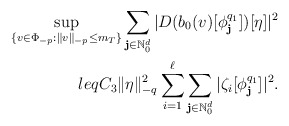
\begin{align*}\sup_{\{v\in \Phi _{-p}:\Vert v\Vert _{-p}\leq m_{T}\}}\sum_{\mathbf{j}\in \mathbb{N}_{0}^{d}}|D(b_{0}(v)[\phi _{\mathbf{j}}^{q_{1}}])[\eta ]|^{2}\\leq C_{3}\Vert \eta \Vert _{-q}^{2}\sum_{i=1}^{\ell }\sum_{\mathbf{j}\in \mathbb{N}_{0}^{d}}|\zeta _{i}[\phi _{\mathbf{j}}^{q_{1}}]|^{2}.\end{align*}